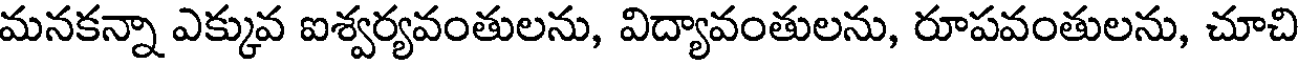
మనకన్నా ఎక్కువ ఐశ్వర్యవంతులను, విద్యావంతులను, రూపవంతులను, చూచి